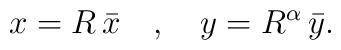
x=R\,\bar{x}\quad ,\quad y=R^\alpha\,\bar{y} .